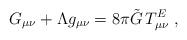
LaTeX: \begin{align*}G_{\mu \nu }+\Lambda g_{\mu \nu }=8\pi \tilde{G}\,T_{\mu \nu }^{E}\;,\end{align*}